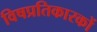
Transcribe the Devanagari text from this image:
विषप्रतिकारकों